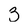
Character: 3